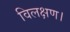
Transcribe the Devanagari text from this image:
विलक्षण।